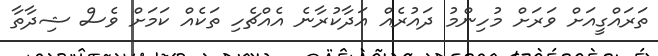
ތަރައްގީއަށް ވަރަށް މުހިންމު ދައުރެއް އަދާކުރާނެ އެއްޗެހި ތަކެއް ކަމަށް ވެސް ޝިދާތާ